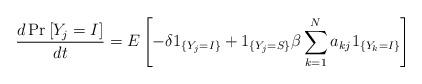
LaTeX: \begin{align*}\frac{d\Pr\left[ Y_{j}=I\right] }{dt}=E\left[ -\delta1_{\left\{Y_{j}=I\right\} }+1_{\left\{ Y_{j}=S\right\} }\beta\sum_{k=1}^{N}a_{kj}1_{\left\{ Y_{k}=I\right\} }\right] \end{align*}